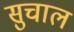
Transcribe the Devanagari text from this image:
सुचाल